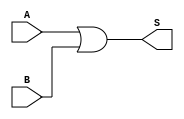
`timescale 1ns / 1ps
//////////////////////////////////////////////////////////////////////////////////
// Company: 
// Engineer: 
// 
// Design Name: 
// Module Name:    OR 
// Project Name: 	 Design ARM Architecture	
// Target Devices: 
// Tool versions: 
// Description: 
//
// Dependencies: 
//
// Revision: 
// Revision 0.01 - File Created
// Additional Comments: 
//
//////////////////////////////////////////////////////////////////////////////////
module OR(
    input A,
    input B,
    output reg S
    );
	always @(A, B)
		S <= A | B;
endmodule